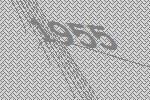
1955